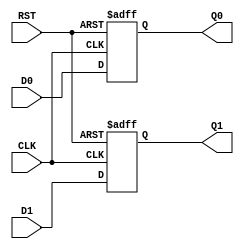
module DFF
  (output reg Q0,
   output reg [1:0] Q1,
   input wire D0,
   input wire [1:0] D1,
   input wire CLK,
   input wire RST
   /* */);

   always @(posedge CLK or posedge RST)
     if (RST) begin
	Q0 <= 0;
	Q1 <= 0;
     end else begin
	Q0 <= D0;
	Q1 <= D1;
     end

endmodule